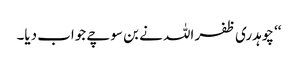
‘‘ چوہدری ظفر اللہ نے بن سوچے جواب دیا۔